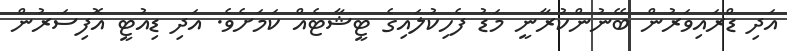
އަދި ޑްރައިވަރުން ބޭނުންކުރާނީ މަޑު ފެހިކުލައިގެ ޓީޝާޓެއް ކަމަށެވެ. އަދި ޑިއުޓީ އޮފިސަރުން